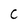
Character: C